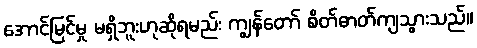
အောင်မြင်မှု မရှိဘူးဟုဆိုရမည်း ကျွန်တော် စိတ်ဓာတ်ကျသွားသည်။